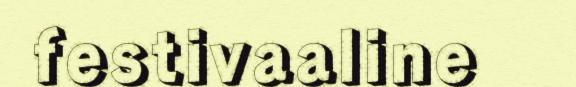
festivaaline